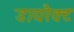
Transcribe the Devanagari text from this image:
डायरैक्ट